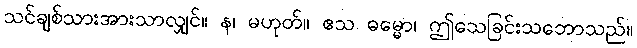
သင်ချစ်သားအားသာလျှင်။ န၊ မဟုတ်။ ဧသ ဓမ္မော၊ ဤသေခြင်းသဘောသည်။